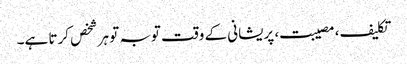
تکلیف، مصیبت، پریشانی کے وقت توبہ تو ہر شخص کرتا ہے۔